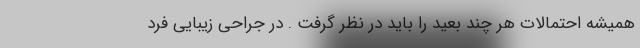
همیشه احتمالات هر چند بعید را باید در نظر گرفت . در جراحی زیبایی فرد